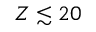
Z \lesssim 2 0